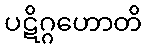
ပဋိဂ္ဂဟောတိ